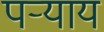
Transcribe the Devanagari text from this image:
पऱ्याय